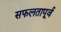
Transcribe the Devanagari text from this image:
सफलतापूर्व